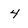
Character: 4